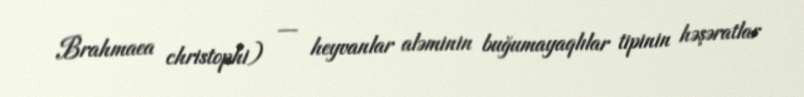
Brahmaea christophi) — heyvanlar aləminin buğumayaqlılar tipinin həşəratlar